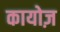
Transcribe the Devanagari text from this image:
कायोज़